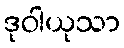
ဒုဝါယုသာ